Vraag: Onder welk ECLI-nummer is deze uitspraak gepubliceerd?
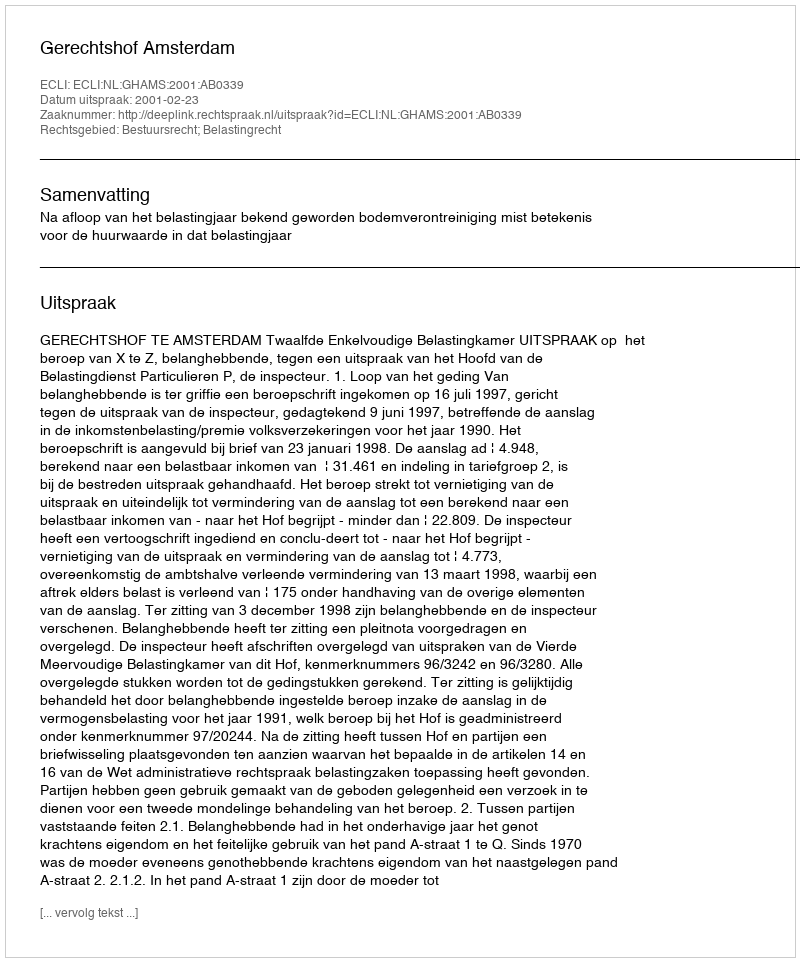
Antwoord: ECLI:NL:GHAMS:2001:AB0339